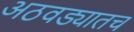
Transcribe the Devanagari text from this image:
अठवड्यातच